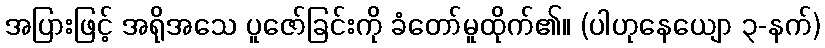
အပြားဖြင့် အရိုအသေ ပူဇော်ခြင်းကို ခံတော်မူထိုက်၏။ (ပါဟုနေယျော ၃-နက်)